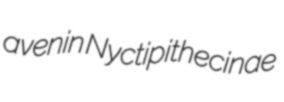
avenin Nyctipithecinae